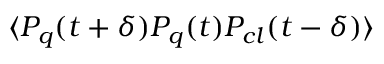
\langle P _ { q } ( t + \delta ) P _ { q } ( t ) P _ { c l } ( t - \delta ) \rangle